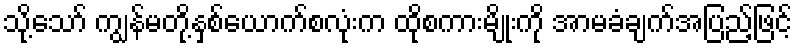
သို့သော် ကျွန်မတို့နှစ်ယောက်စလုံးက ထိုစကားမျိုးကို အာမခံချက်အပြည့်ဖြင့်